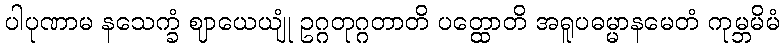
ပါပုဏာမ နသေက္ခံ ဈာယေယျုံ ဥဂ္ဂတုဂ္ဂတာတိ ပတ္ထောတိ အရူပဓမ္မာနမေတံ ကုမ္ဘမိမံ